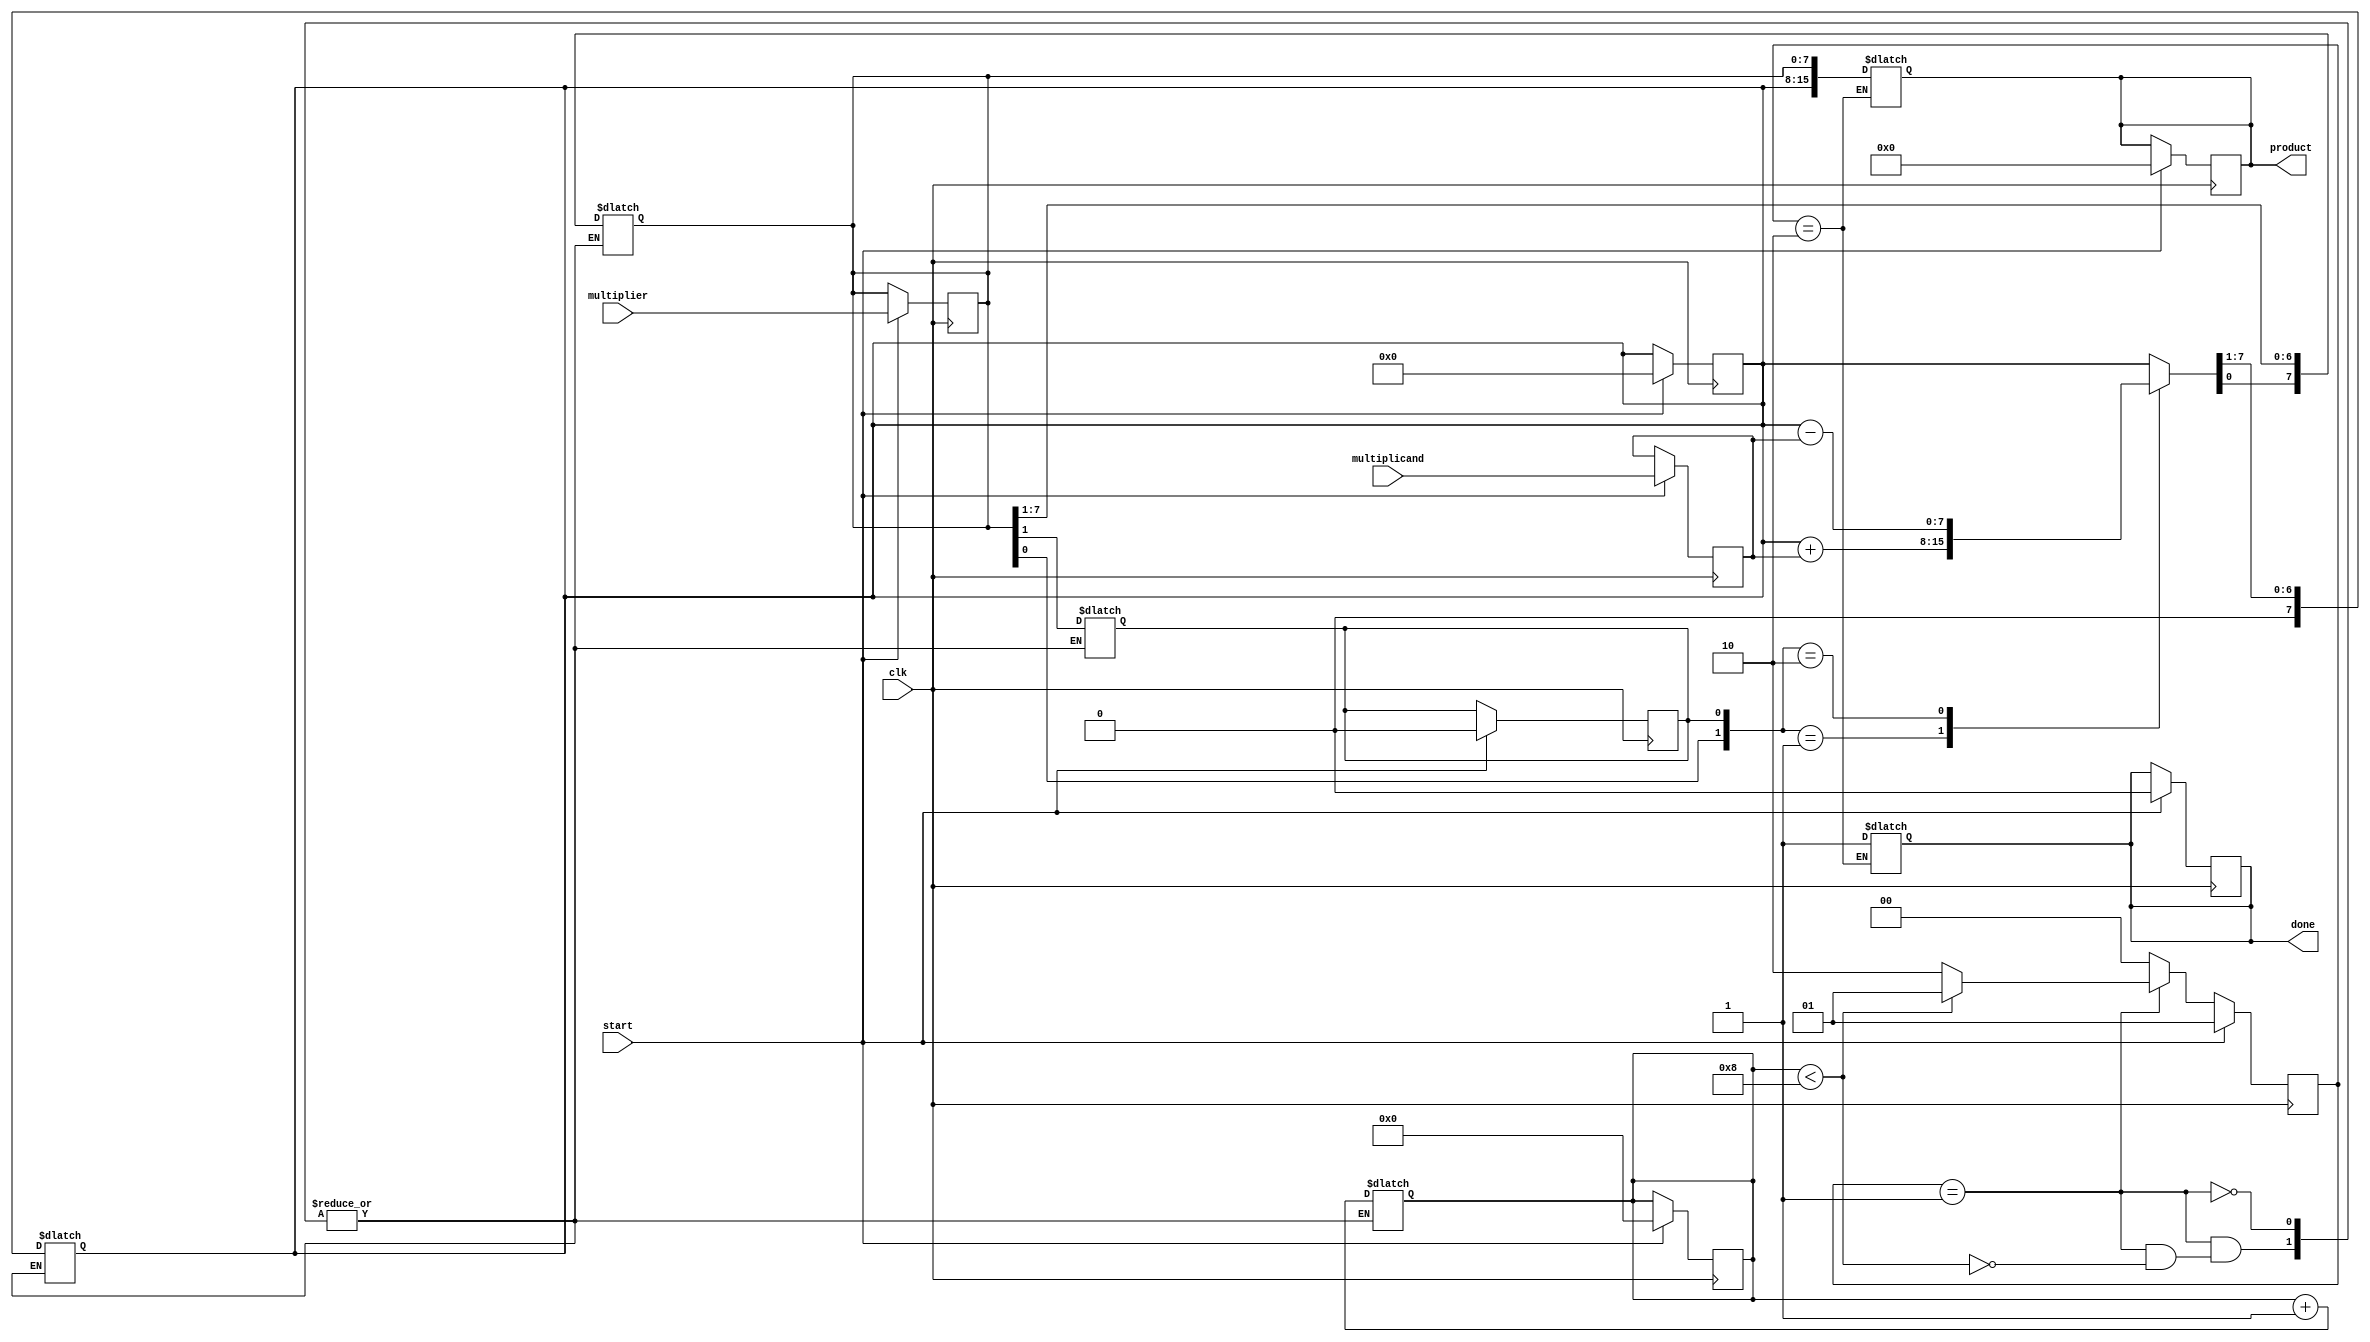
module booth_multiplier #(
    parameter WIDTH = 8 // Width of the input numbers
)(
    input signed [WIDTH-1:0] multiplicand, // M
    input signed [WIDTH-1:0] multiplier,    // Q
    output reg signed [2*WIDTH-1:0] product, // P
    input clk,
    input start,
    output reg done
);

    reg signed [WIDTH-1:0] M; // Multiplicand register
    reg signed [WIDTH-1:0] Q; // Multiplier register
    reg [WIDTH-1:0] P;         // Product register
    reg Q_1;                   // Previous LSB of Q
    reg [3:0] count;           // Counter for iterations

    // State Definitions
    parameter IDLE = 2'b00, RUN = 2'b01, DONE = 2'b10;
    reg [1:0] state, next_state;

    // Sequential logic for state transitions and product calculation
    always @(posedge clk) begin
        if (start) begin
            state <= RUN;
            done <= 0;
            count <= 0;
            P <= 0;
            Q_1 <= 0;
            M <= multiplicand;
            Q <= multiplier;
            product <= 0;
        end else begin
            state <= next_state;
        end
    end

    // Next state logic
    always @(*) begin
        case (state)
            RUN: begin
                if (count < WIDTH) begin
                    // Check the last two bits of Q and Q_1
                    case ({Q[0], Q_1})
                        2'b01: P = P + M;       // Add M to P
                        2'b10: P = P - M;       // Subtract M from P
                        default: P = P;         // No operation
                    endcase

                    // Right shift operation
                    {P, Q} = {P, Q} >> 1; // Arithmetic right shift
                    Q_1 = Q[0];           // Update Q_1 with the previous LSB
                    count = count + 1;    // Increment count
                    next_state = RUN;     // Stay in RUN state
                end else begin
                    next_state = DONE;     // Transition to DONE state
                end
            end
            DONE: begin
                product = {P, Q};         // Combine P and Q for final product
                done = 1;                // Indicate that multiplication is done
                next_state = IDLE;       // Transition to IDLE state
            end
            default: next_state = IDLE; // Default to IDLE state
        endcase
    end

endmodule